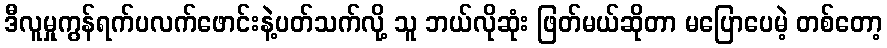
ဒီလူမှုကွန်ရက်ပလက်ဖောင်းနဲ့ပတ်သက်လို့ သူ ဘယ်လိုဆုံး ဖြတ်မယ်ဆိုတာ မပြောပေမဲ့ တစ်တော့